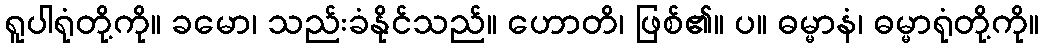
ရူပါရုံတို့ကို။ ခမော၊ သည်းခံနိုင်သည်။ ဟောတိ၊ ဖြစ်၏။ ပ။ ဓမ္မာနံ၊ ဓမ္မာရုံတို့ကို။